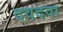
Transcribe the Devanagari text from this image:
दवदवा